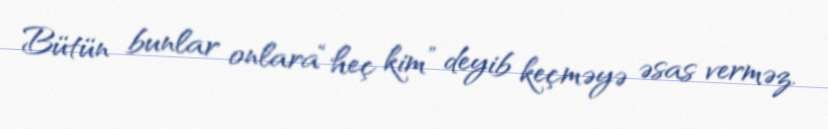
Bütün bunlar onlara“heç kim” deyib keçməyə əsas verməz.